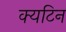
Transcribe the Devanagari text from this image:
क्यटिन